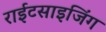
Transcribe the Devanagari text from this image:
राईटसाइजिंग